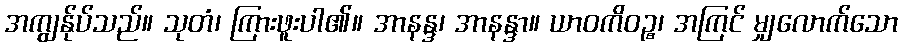
အကျွန်ုပ်သည်။ သုတံ၊ ကြားဖူးပါ၏။ အာနန္ဒ၊ အာနန္ဒာ။ ယာဝကိဝဉ္စ၊ အကြင် မျှလောက်သော